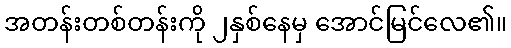
အတန်းတစ်တန်းကို ၂နှစ်နေမှ အောင်မြင်လေ၏။